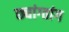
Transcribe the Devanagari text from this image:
छ्यांग्तांग